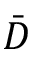
\bar { D }